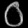
Digit: ၀